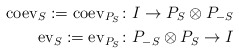
\begin{align*} \mathrm{coev}_S:=\mathrm{coev}_{P_{S}} \colon& I \to P_{S} \otimes P_{-S} \\ \mathrm{ev}_{S}:=\mathrm{ev}_{P_S} \colon& P_{-S} \otimes P_{S} \to I \end{align*}